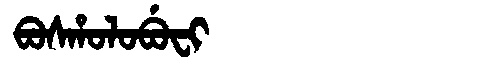
Manchu: ᠪᠣᠰᡥᠣᠯᠣᠪᡠᠸᡳ
Romanization: BOSHOLOBUFI